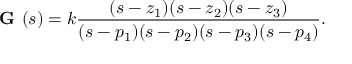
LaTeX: { \textbf { G } } ( s ) = k { \frac { ( s - z _ { 1 } ) ( s - z _ { 2 } ) ( s - z _ { 3 } ) } { ( s - p _ { 1 } ) ( s - p _ { 2 } ) ( s - p _ { 3 } ) ( s - p _ { 4 } ) } } .